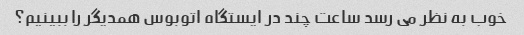
خوب به نظر می رسد ساعت چند در ایستگاه اتوبوس همدیگر را ببینیم؟